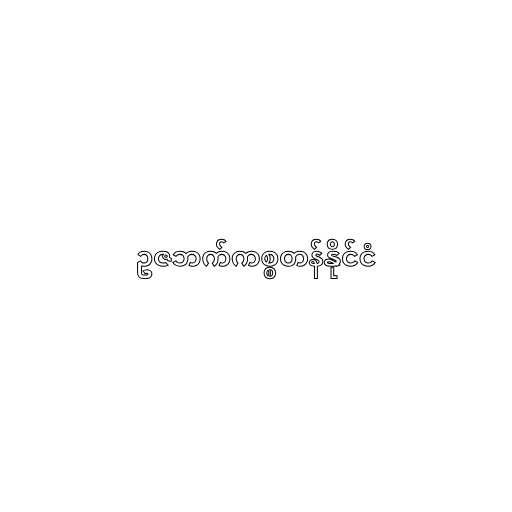
ဥဇဘက်ကစ္စတန်နိုင်ငံ